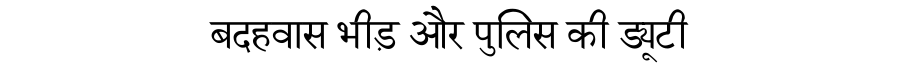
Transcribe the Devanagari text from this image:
बदहवास भीड़ और पुलिस की ड्यूटी